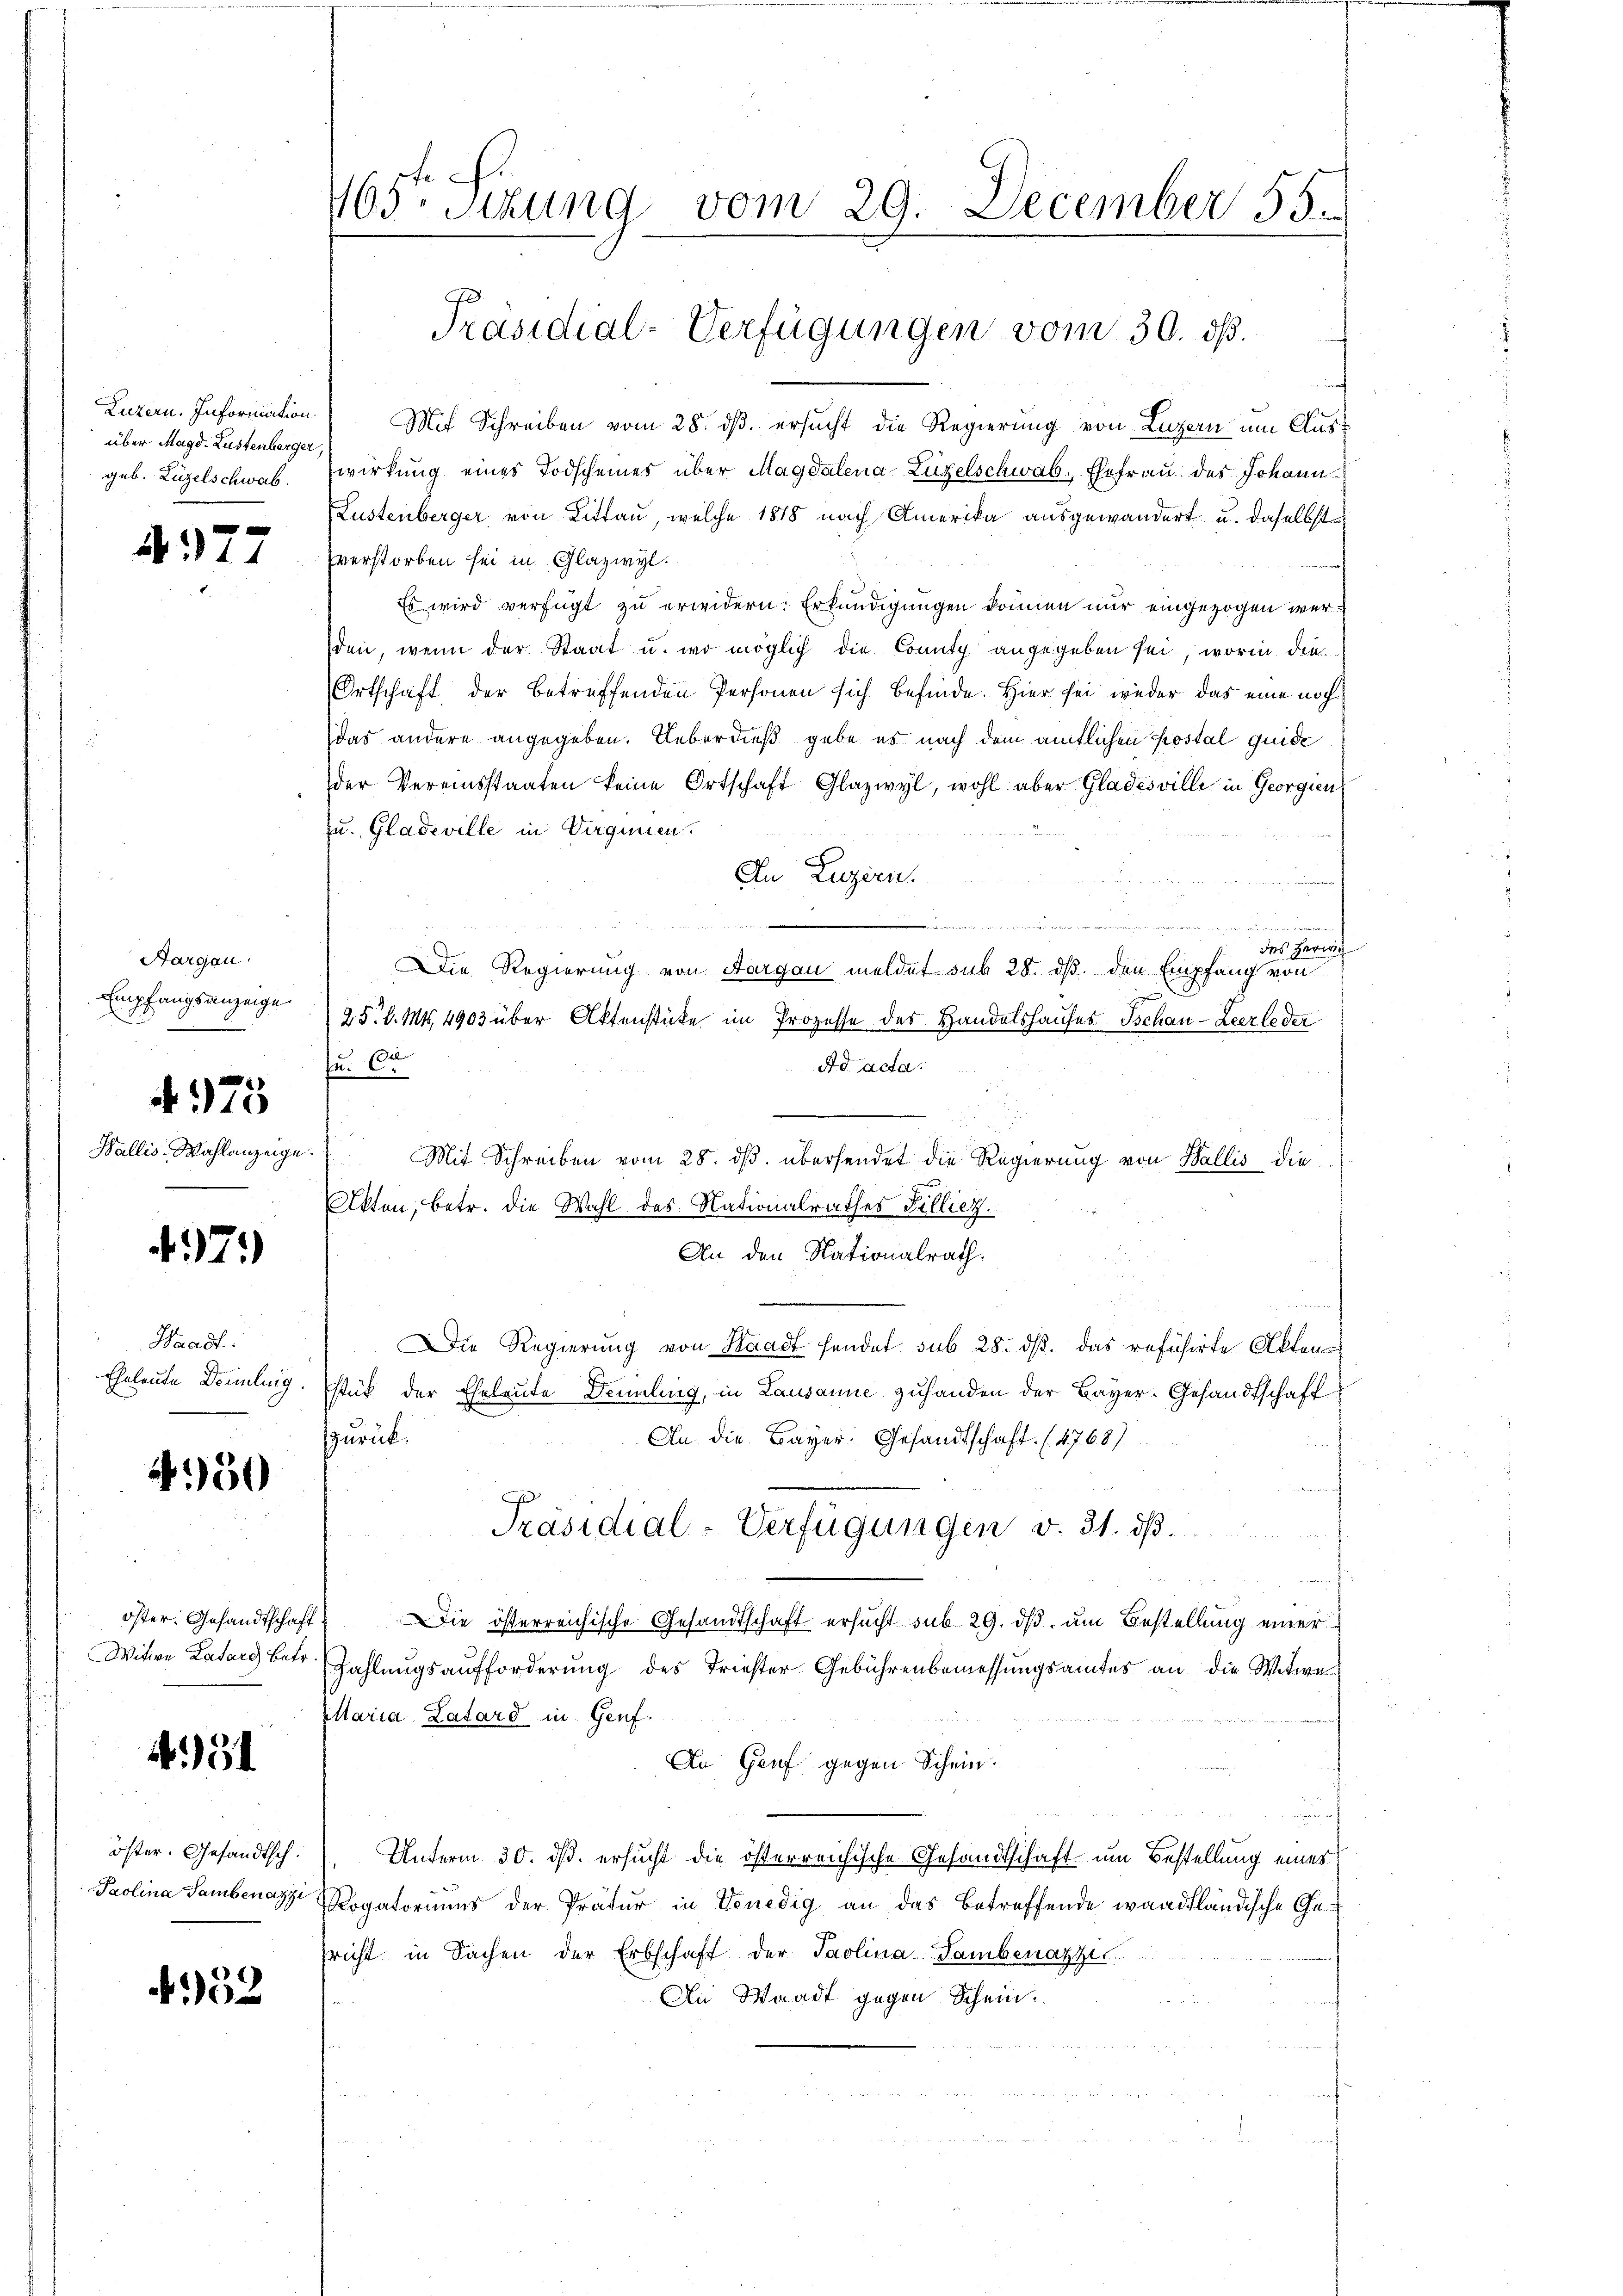
Luzern. Information
über Magd. Lustenberger,
geb. Luzelschwab

37

Aargau.
Empfangsanzeige

775

Wallis, Wahlanzeige.

47.

Waadt.

450

öster: Gesandtschaft
Witwe Katars betr.

51

452

Mit Schreiben vom 25. ist ersucht Regierung von Legen um Auswirkung eines Todscheines über Magdalena-Züzelschwab. Ehefrau des Johann
Kustenberger von Littau, welche 1818 nach Amerika ausgewandert u. daselbst
verstorben sei in Glazwyl.
s wird verfügt zu erwidern. Erkundigungen können nur eingezogen werden, wenn der Staat u. wo möglich die County angegeben sei, worin die
Ortschaft, der betreffenden Personen sich befinde. Hier sei weder das eine noch
das andere angegeben. Ueberdieß gebe es nach dem amtlichen Postal guide
der Vereinsstaaten keine Ortschaft Glazwyl, wohl aber Gladesville in Georgien
zu. Gladeville in Verquien.
An Luzern.
.
und

des Herre
Die Regierung von Aargau meldet sub 28. ds. den Empfang von
25 l. Mts. 4903 über Aktenstücke im Prozesse des Handelshauses Ischau - Zeerleder
fr. 60
Ad acta.
u
Mit Schreiben vom 28. ds. übersendet die Regierung von Wallis die
Akten, betr. die Wahl des Nationalrathes Billiez.
An den Nationalrath.
Die Regierung von Waadt sendet sub 28. ds. das refüsirte Akten
Eheleute Dammlung. Estück der Eheleute Demmling, in Lausanne zuhanden der Bayer-Gesandtschaft
zurück.
An die Bayer: Gesandtschaft (1768)
Präsidial-Verfügungen v. 31. dß.
Die österreichische Gesandtschaft ersucht sub. 29. ds. um Bestellung einer
Zahlungsaufforderung des Triester Gebührenbemessungsamtes an die Witwe
Maria Latard in Genf.
An Genf gegen Schein.
öster. Gesandtsch. Unterm 30. ds. ersucht die österreichische Gesandtschaft um Bestellung eines
Paolina Samben Rogatoriums der Prätur in Venedig an das betreffende waadtländische Ge-
sricht in Sachen der Erbschaft der Paolina Sambenazze
An Waadt gegen Schein¬

165. Sizung vom 29. December 55.

Präsidial-Verfügungen vom 30. ds.